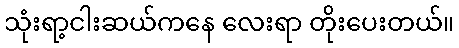
သုံးရာ့ငါးဆယ်ကနေ လေးရာ တိုးပေးတယ်။